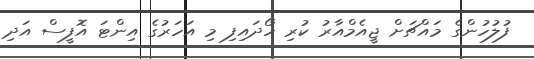
ފުލުހުންގެ މައްޗަށް ޖީއެމްއާރު ކުރި ހޯދައިފި މި އަހަރުގެ އިންޓަ އޮފީސް އަދި